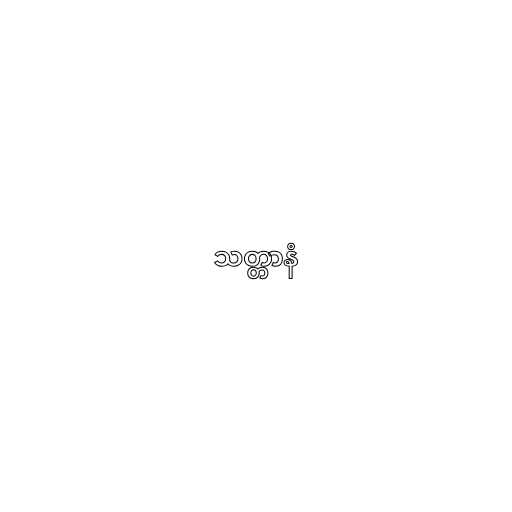
သတ္တာနံ